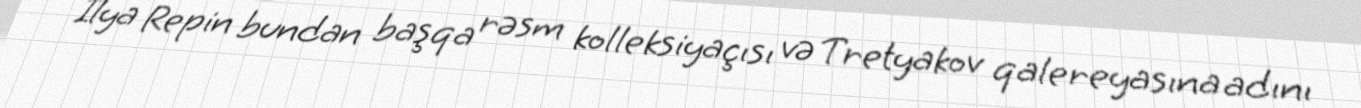
İlya Repin bundan başqa rəsm kolleksiyaçısı və Tretyakov qalereyasına adını